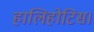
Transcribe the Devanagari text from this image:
हालिहोटिस।